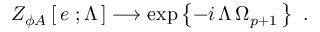
Z _ { \phi A } \left[ \, e \ ; \Lambda \, \right] \longrightarrow \exp \left\{ - i \, \Lambda \, \Omega _ { p + 1 } \, \right\} \ .